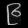
Digit: ၉